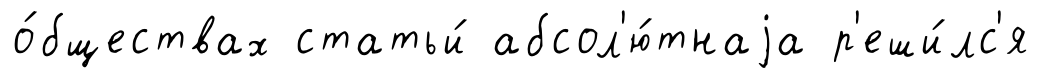
о́бществах статьи́ абсол'ю́тнаjа р'еши́лс'я